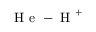
\mathrm { ~ H ~ e ~ } - \mathrm { ~ H ~ } ^ { + }